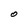
Character: O